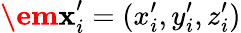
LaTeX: \textbf{\em x}_{i}^{\prime}=(x_{i}^{\prime},y_{i}^{\prime},z_{i}^{\prime})